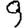
Digit: 9